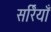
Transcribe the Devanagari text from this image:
सर्रियाँ